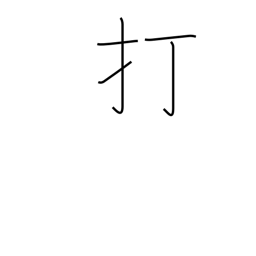
Meaning: knock